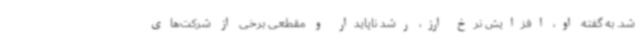
شد. به گفته او، افزایش نرخ ارز، رشد ناپایدار و مقطعی برخی از شرکت‌های